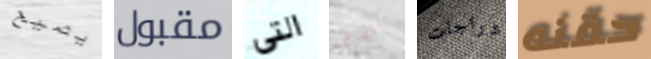
يصيح مقبول التي الفرق دراجات حقنه